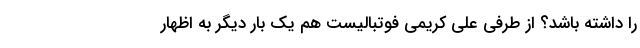
را داشته باشد؟ از طرفی علی کریمی فوتبالیست هم یک بار دیگر به اظهار